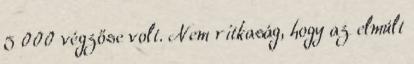
5 000 végzőse volt. Nem ritkaság, hogy az elmúlt